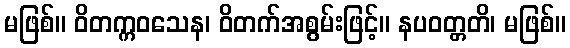
မဖြစ်။ ဝိတက္ကဝသေန၊ ဝိတက်အစွမ်းဖြင့်။ နပဝတ္တတိ၊ မဖြစ်။